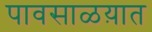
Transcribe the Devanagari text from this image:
पावसाळय़ात